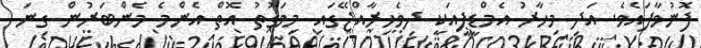
ފޮނުވާފައެވެ. އަދި މިހާރު އެމްޑީޕީއަކީ ދިވެހިރާއްޖޭގައި މިވަގުތު އޮތް އެންމެ މެންބަރުން ގިނަ